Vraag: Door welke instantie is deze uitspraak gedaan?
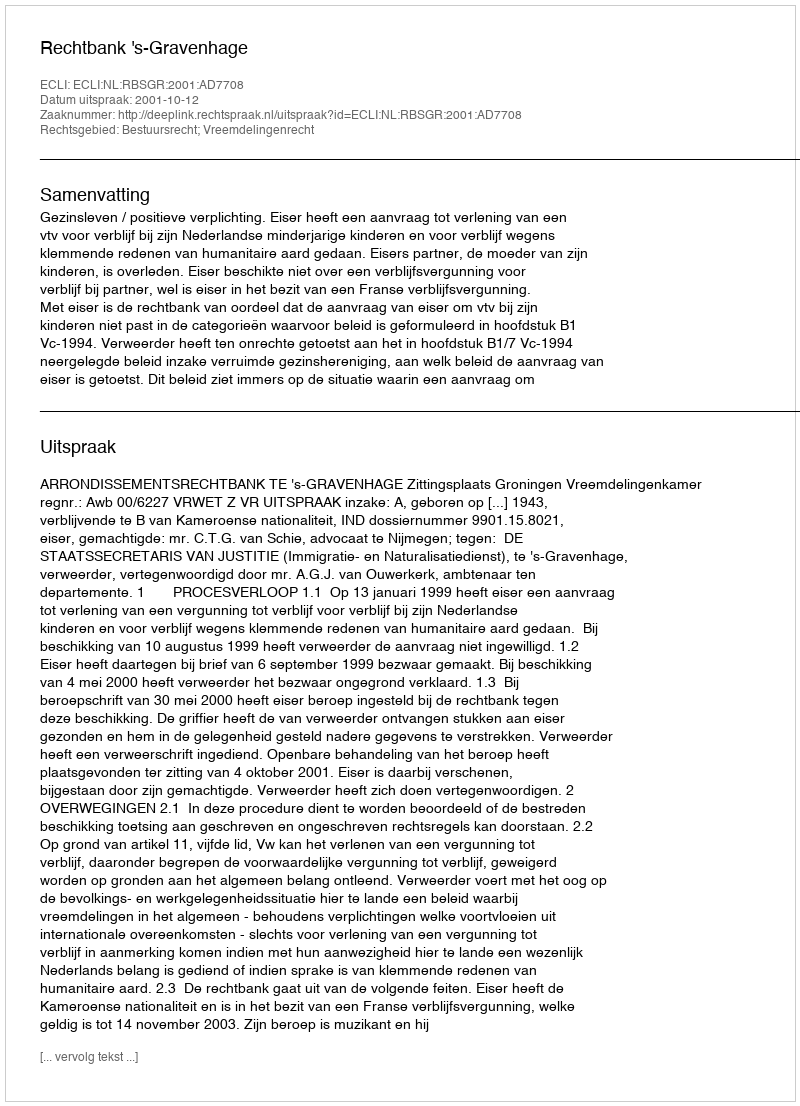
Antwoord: Rechtbank 's-Gravenhage